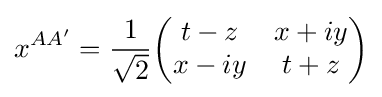
x^{AA'}={\frac {1}{\sqrt {2}}}{\begin{pmatrix}t-z&x+iy\\x-iy&t+z\end{pmatrix}}